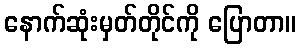
နောက်ဆုံးမှတ်တိုင်ကို ပြောတာ။